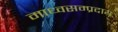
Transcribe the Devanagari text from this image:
माध्वसम्प्रदाय